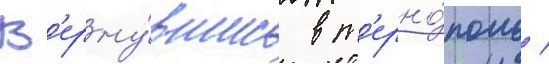
В'ерну́вшись в т'ерно́поль /